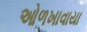
ઓળખાવાયા